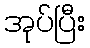
အုပ်ပြီး